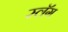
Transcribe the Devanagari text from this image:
स्लॅग